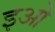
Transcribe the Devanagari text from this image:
इओ